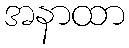
အနာထာ